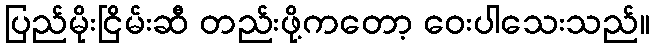
ပြည်မိုးငြိမ်းဆီ တည်းဖို့ကတော့ ဝေးပါသေးသည်။